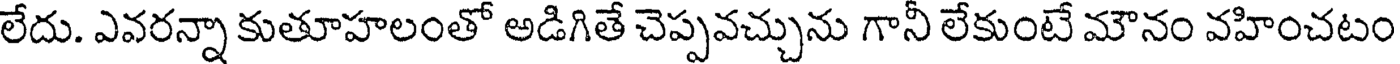
లేదు. ఎవరన్నా కుతూహలంతో అడిగితే చెప్పవచ్చును గానీ లేకుంటే మౌనం వహించటం